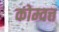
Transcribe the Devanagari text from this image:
कोम्वत्त